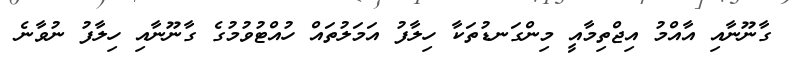
ގާނޫނާއި އާއްމު އިޖްތިމާއީ މިންގަނޑުތަކާ ހިލާފު އަމަލުތައް ހުއްޓުވުމުގެ ގާނޫނާއި ހިލާފު ނުވާނެ